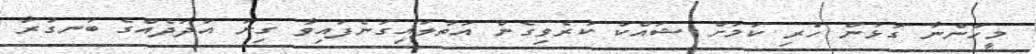
މީހުންނާ ގުޅުން ހުރި ކަމަށް ޝައްކު ކުރެވިގެން އަތުލައިގަނެފައިވާ ގިނަ އަދަދެއްގެ ބަނގުރާ